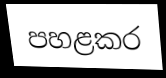
පහළකර